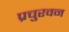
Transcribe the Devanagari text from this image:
प्रचुरवन